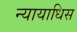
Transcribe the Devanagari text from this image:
न्यायाधिस